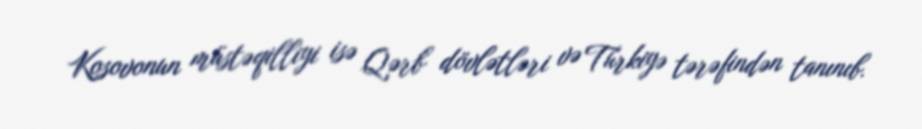
Kosovonun müstəqilliyi isə Qərb dövlətləri və Türkiyə tərəfindən tanınıb.